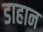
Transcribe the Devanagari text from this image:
डाहान